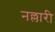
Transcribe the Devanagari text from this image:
नल्लारी